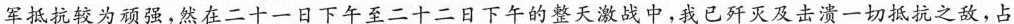
军抵抗较为顽强，然在二十一日下午至二十二日下午的整天激战中，我已歼灭及击溃一切抵抗之敌，占